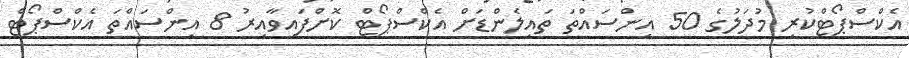
އެކްސްޕޯޓްކުރި މުދަލުގެ 50 އިންސައްތަ ތައިލެންޑަށް އެކްސްޕޯޓް ކޮށްފައިވާއިރު 8 އިންސައްތަ އެކްސްޕޯޓް